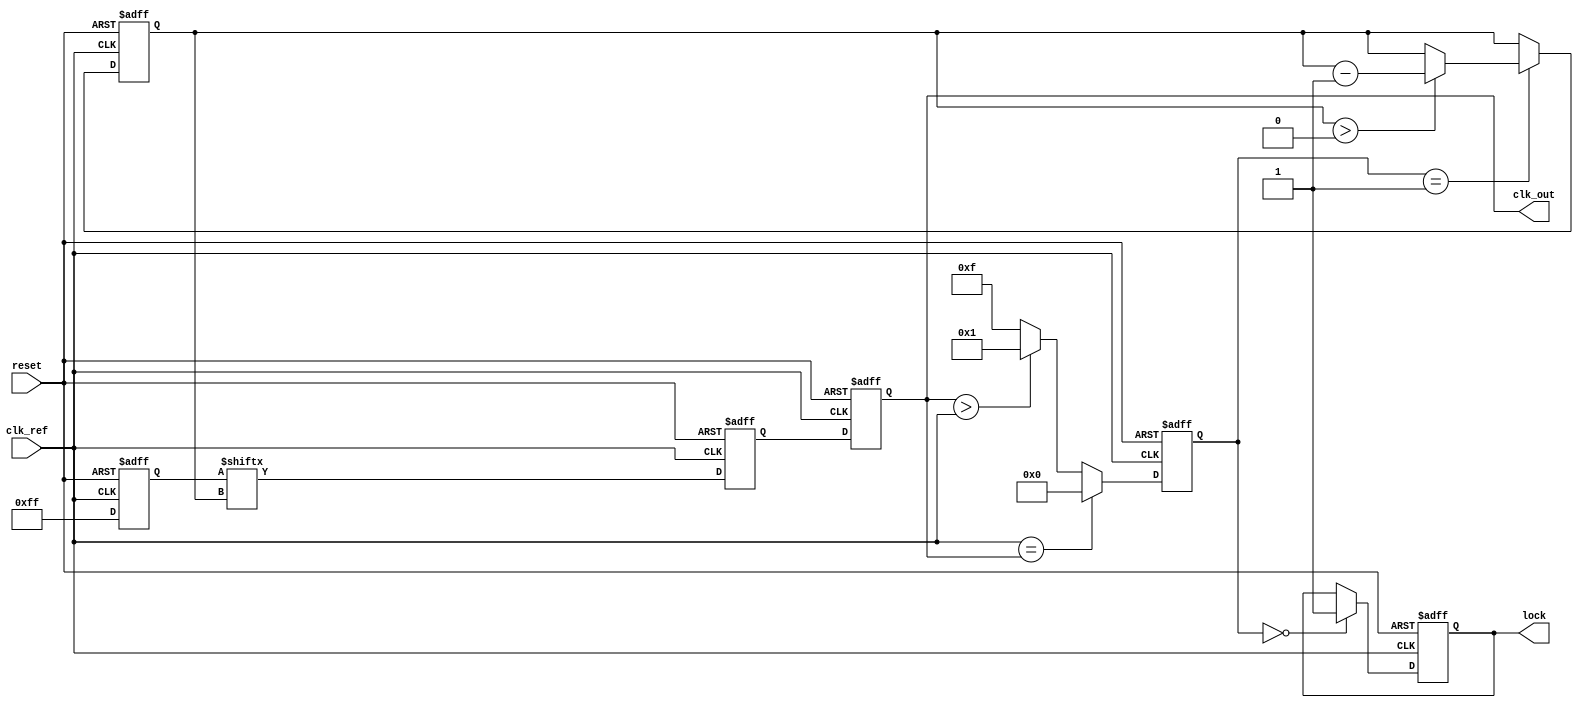
module MemoryBlocksDLL (
    input wire clk_ref,           // Reference clock input
    input wire reset,             // Reset signal
    output reg clk_out,           // Output clock
    output reg lock               // Lock indication
);

    // Parameters
    parameter NUM_DELAY_STAGES = 8;   // Number of delay stages
    parameter DELAY_STEP = 1;           // Delay step in time units

    // Internal signals
    reg [NUM_DELAY_STAGES-1:0] delay_line; // Delay line register
    reg [NUM_DELAY_STAGES-1:0] delay_setting; // Delay settings stored in memory
    reg [3:0] phase_error;                // Phase error signal
    reg [3:0] current_delay;              // Current delay setting
    reg [3:0] state;                      // State for control logic
    reg [3:0] target_delay;               // Target delay based on phase error

    // Phase Detector: Compares ref clock and delayed clock
    always @(posedge clk_ref or posedge reset) begin
        if (reset) begin
            phase_error <= 0;
        end else begin
            // Simple phase detection logic (for illustrative purposes)
            // Compare delayed clock with reference clock
            phase_error <= (clk_ref == clk_out) ? 0 : (clk_out > clk_ref) ? 1 : -1;
        end
    end

    // Control Logic: Adjusts the delay setting based on phase error
    always @(posedge clk_ref or posedge reset) begin
        if (reset) begin
            current_delay <= 0;
            lock <= 0;
        end else begin
            case (phase_error)
                1: begin
                    // Output clock is ahead of reference clock
                    if (current_delay > 0) begin
                        current_delay <= current_delay - 1;
                    end
                end
                -1: begin
                    // Output clock is behind reference clock
                    if (current_delay < NUM_DELAY_STAGES-1) begin
                        current_delay <= current_delay + 1;
                    end
                end
                0: begin
                    // Phase is aligned
                    lock <= 1;
                end
            endcase
        end
    end

    // Delay Line: Generates delayed output clock
    always @(posedge clk_ref or posedge reset) begin
        if (reset) begin
            clk_out <= 0;
            delay_line <= 0;
        end else begin
            // Update delay line based on current delay setting
            delay_line <= delay_setting[current_delay];
            clk_out <= delay_line; // Output the delayed clock
        end
    end

    // Memory Blocks: For storing delay settings
    always @(posedge clk_ref or posedge reset) begin
        if (reset) begin
            delay_setting <= 0; // Initialize memory blocks
        end else begin
            // Load settings (this can be modified to load from external memory)
            delay_setting <= {NUM_DELAY_STAGES{1'b1}}; // Example: all stages enabled
        end
    end

endmodule